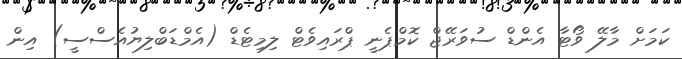
ކަމަށް މާލޭ ވޯޓާ އެންޑް ސުވަރޭޖް ކޮމްޕެނީ ޕްރައިވެޓް ލިމިޓެޑް (އެމްޑަބްލިޔުއެސްސީ) އިން